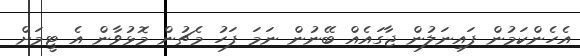
އެހެންކަމުން ފައިނަލުން ޖާގައެއް ބޭނުން ނަމަ ފަހު މެޗުން މޮޅުވާން އެ ޓީމަށް